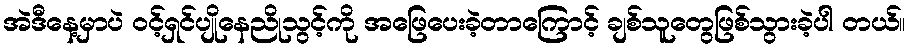
အဲဒီနေ့မှာပဲ ဝင့်ရှင်ပျိုနေညိုသွင့်ကို အဖြေပေးခဲ့တာကြောင့် ချစ်သူတွေဖြစ်သွားခဲ့ပါ တယ်။